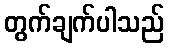
တွက်ချက်ပါသည်